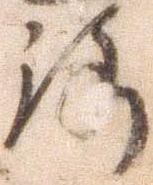
路